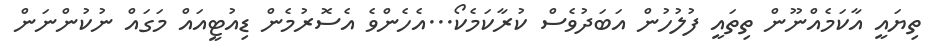
ތިޔައީ އާކަމެއްނޫން ތިތައީ ފުލުހުން އަބަދުވެސް ކުރާކަމެކޯ...އެހެންވެ އެސޮރުމެން ޑިއުޓީއައް މަގައް ނުކުންނަން